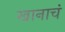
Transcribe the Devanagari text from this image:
खानाचं